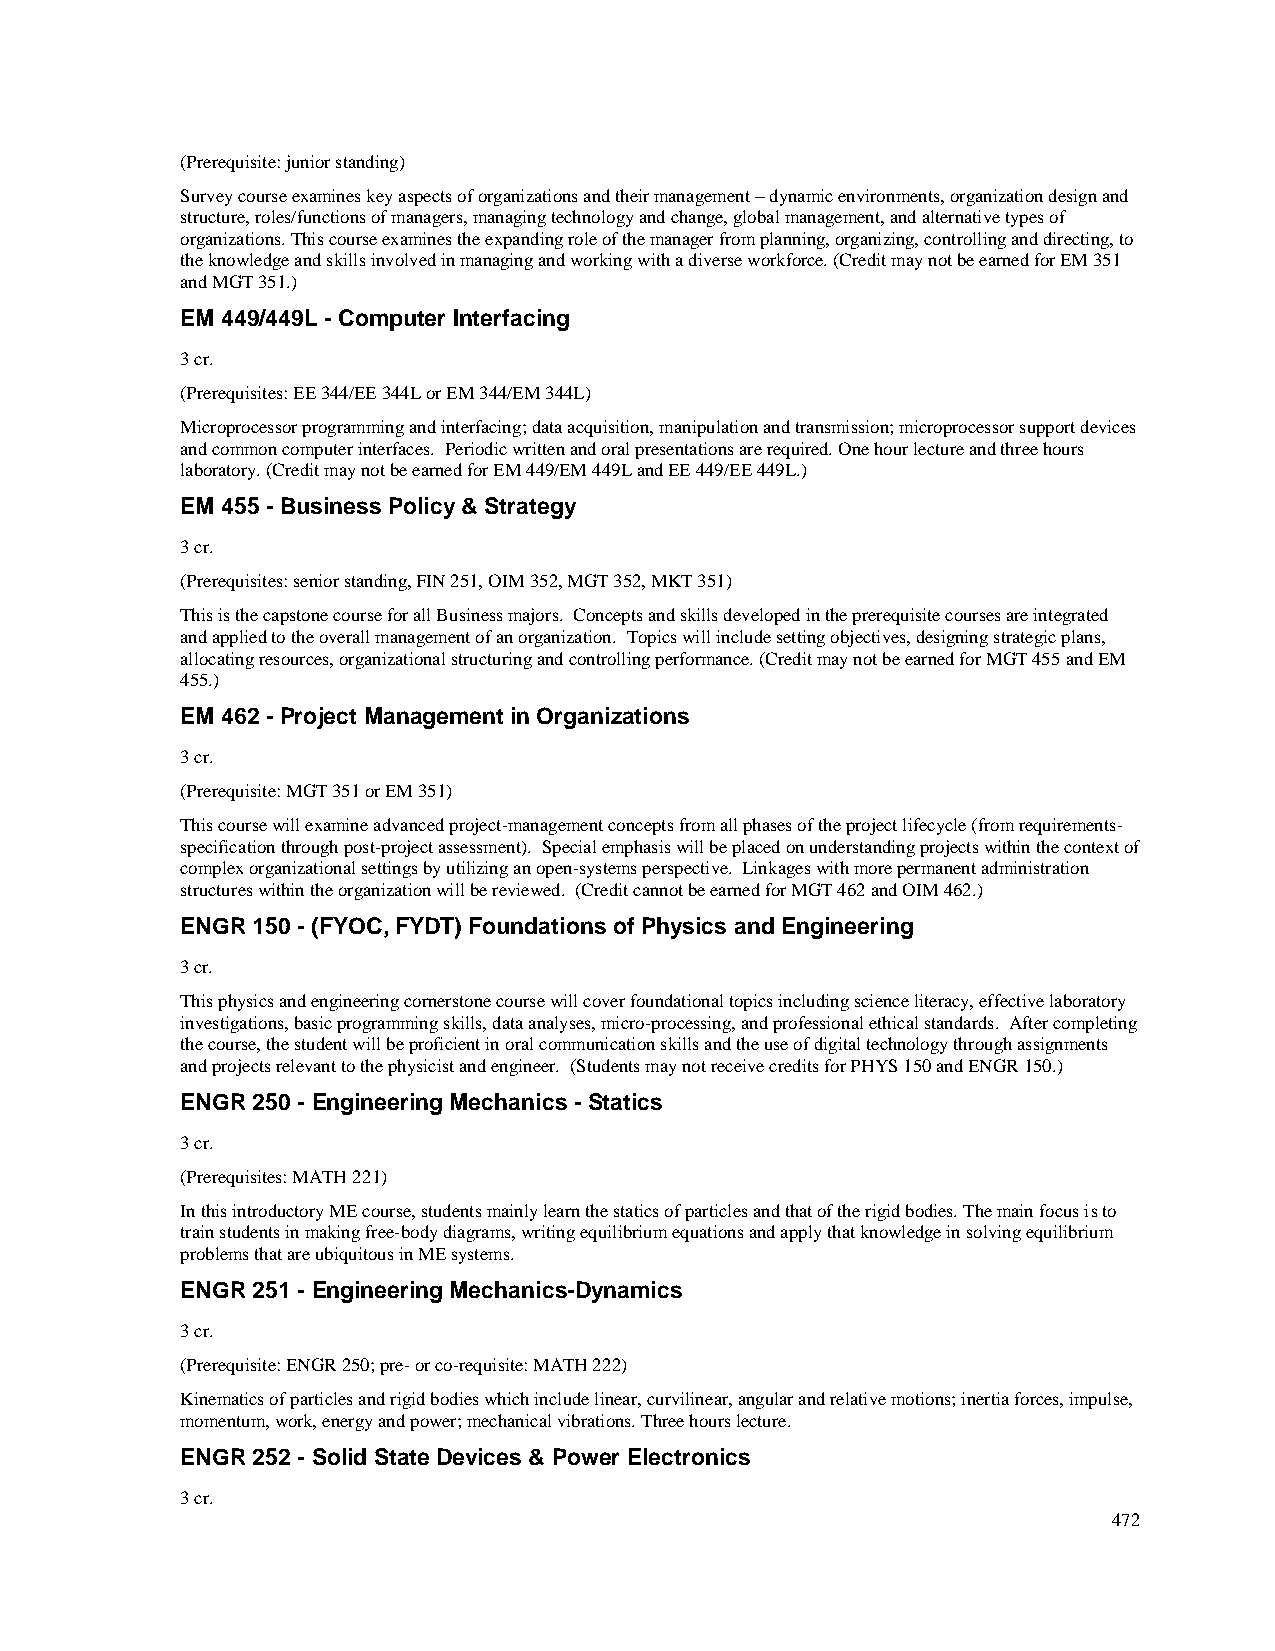
(Prerequisite: junior standing)
 Survey course examines key aspects of organizations and their management – dynamic environments, organization design and
 structure, roles/functions of managers, managing technology and change, global management, and alternative types of
 organizations. This course examines the expanding role of the manager from planning, organizing, controlling and directing, to
 the knowledge and skills involved in managing and working with a diverse workforce. (Credit may not be earned for EM 351
 and MGT 351.)
 EM 449/449L - Computer Interfacing
 3 cr.
 (Prerequisites: EE 344/EE 344L or EM 344/EM 344L)
 Microprocessor programming and interfacing; data acquisition, manipulation and transmission; microprocessor support devices
 and common computer interfaces. Periodic written and oral presentations are required. One hour lecture and three hours
 laboratory. (Credit may not be earned for EM 449/EM 449L and EE 449/EE 449L.)
 EM 455 - Business Policy & Strategy
 3 cr.
 (Prerequisites: senior standing, FIN 251, OIM 352, MGT 352, MKT 351)
 This is the capstone course for all Business majors. Concepts and skills developed in the prerequisite courses are integrated
 and applied to the overall management of an organization. Topics will include setting objectives, designing strategic plans,
 allocating resources, organizational structuring and controlling performance. (Credit may not be earned for MGT 455 and EM
 455.)
 EM 462 - Project Management in Organizations
 3 cr.
 (Prerequisite: MGT 351 or EM 351)
 This course will examine advanced project-management concepts from all phases of the project lifecycle (from requirements-
 specification through post-project assessment). Special emphasis will be placed on understanding projects within the context of
 complex organizational settings by utilizing an open-systems perspective. Linkages with more permanent administration
 structures within the organization will be reviewed. (Credit cannot be earned for MGT 462 and OIM 462.)
 ENGR 150 - (FYOC, FYDT) Foundations of Physics and Engineering
 3 cr.
 This physics and engineering cornerstone course will cover foundational topics including science literacy, effective laboratory
 investigations, basic programming skills, data analyses, micro-processing, and professional ethical standards. After completing
 the course, the student will be proficient in oral communication skills and the use of digital technology through assignments
 and projects relevant to the physicist and engineer. (Students may not receive credits for PHYS 150 and ENGR 150.)
 ENGR 250 - Engineering Mechanics - Statics
 3 cr.
 (Prerequisites: MATH 221)
 In this introductory ME course, students mainly learn the statics of particles and that of the rigid bodies. The main focus is to
 train students in making free-body diagrams, writing equilibrium equations and apply that knowledge in solving equilibrium
 problems that are ubiquitous in ME systems.
 ENGR 251 - Engineering Mechanics-Dynamics
 3 cr.
 (Prerequisite: ENGR 250; pre- or co-requisite: MATH 222)
 Kinematics of particles and rigid bodies which include linear, curvilinear, angular and relative motions; inertia forces, impulse,
 momentum, work, energy and power; mechanical vibrations. Three hours lecture.
 ENGR 252 - Solid State Devices & Power Electronics
 3 cr.
 472